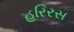
હરિરસ